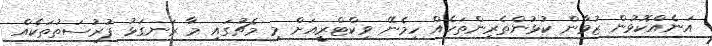
އަނެއްކޮޅުން ޒުވާން ކުޅުންތެރިންތަކެއް ހިމެނޭ ވިކްޓްރީއަށް މި މެޗުގައި މާ ރަނގަޅު ފުރުސަތުތަކެއް